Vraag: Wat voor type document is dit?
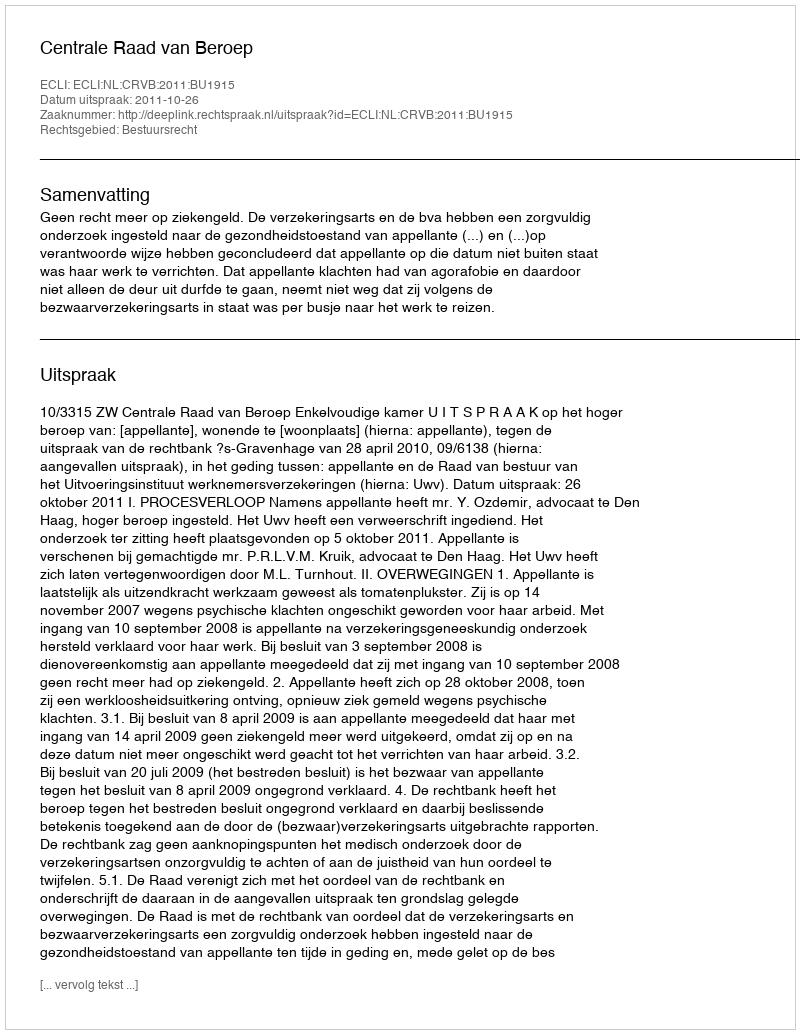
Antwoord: Uitspraak